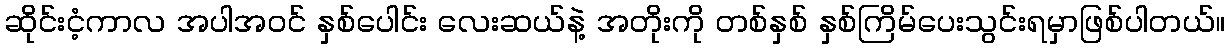
ဆိုင်းငံ့ကာလ အပါအဝင် နှစ်ပေါင်း လေးဆယ်နဲ့ အတိုးကို တစ်နှစ် နှစ်ကြိမ်ပေးသွင်းရမှာဖြစ်ပါတယ်။